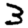
Digit: 3